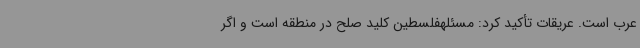
عرب است. عریقات تأکید کرد: مسئلهفلسطین کلید صلح در منطقه است و اگر